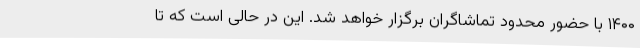
۱۴۰۰ با حضور محدود تماشاگران برگزار خواهد شد. این در حالی است که تا